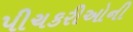
પીચકરીઓની